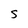
Character: s